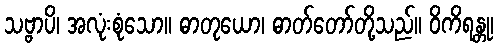
သဗ္ဗာပိ၊ အလုံးစုံသော။ ဓာတုယော၊ ဓာတ်တော်တို့သည်။ ဝိကိရန္တု၊